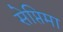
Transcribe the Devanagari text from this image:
सेप्तिमा